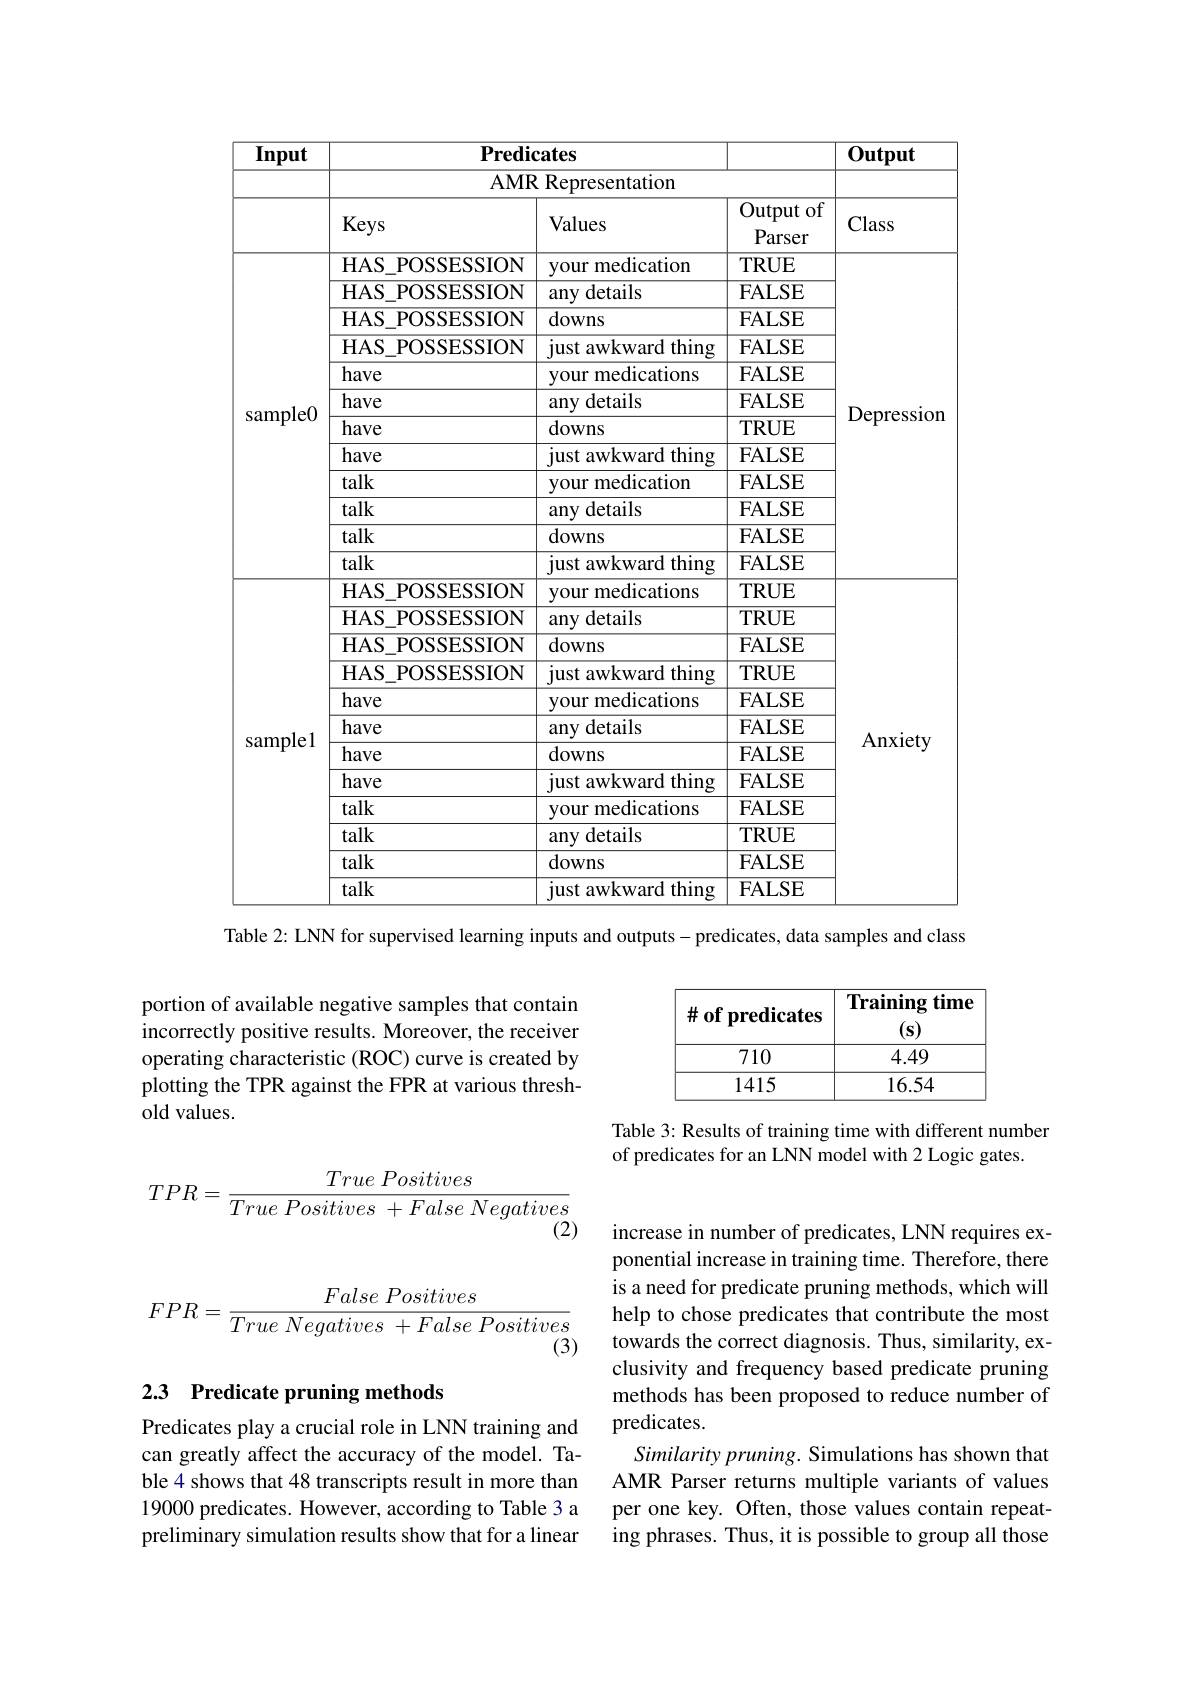
<table>
	<tbody>
		<tr>
			<th rowspan="3">Input</th>
			<th colspan="3">${\overline{{\mathbf{Predicates}}}}$</th>
			<th rowspan="3">Output Class</th>
		</tr>
		<tr>
			<th colspan="2">AMR Representation</th>
			<th> </th>
		</tr>
		<tr>
			<th>Keys</th>
			<th>Values</th>
			<th>Output of Parser</th>
		</tr>
		<tr>
			<td rowspan="12">sample0</td>
			<td>HAS$\_$POSSESSION</td>
			<td>your medication</td>
			<td>TRUE</td>
			<td rowspan="12">$\omega$ldSS Depression</td>
		</tr>
		<tr>
			<td>HAS$\_$POSSESSION</td>
			<td>any details</td>
			<td>$\mathbf{FALSE}$</td>
		</tr>
		<tr>
			<td>HAS$\_$POSSESSION</td>
			<td>downs</td>
			<td>$\mathbf{FALSE}$</td>
		</tr>
		<tr>
			<td>HAS$\_$POSSESSION</td>
			<td>just awkward thing</td>
			<td>$\mathbf{FALSE}$</td>
		</tr>
		<tr>
			<td>have</td>
			<td>your medications</td>
			<td>$\mathbf{FALSE}$</td>
		</tr>
		<tr>
			<td>have</td>
			<td>any details</td>
			<td>$\mathbf{FALSE}$</td>
		</tr>
		<tr>
			<td>have</td>
			<td>downs</td>
			<td>TRUE</td>
		</tr>
		<tr>
			<td>have</td>
			<td>iust awkward thing</td>
			<td>$\mathbf{FALSE}$</td>
		</tr>
		<tr>
			<td>talk</td>
			<td>your medication</td>
			<td>$\mathbf{FALSE}$</td>
		</tr>
		<tr>
			<td>talk</td>
			<td>any details</td>
			<td>$\mathbf{FALSE}$</td>
		</tr>
		<tr>
			<td>talk</td>
			<td>downs</td>
			<td>$\mathbf{FALSE}$</td>
		</tr>
		<tr>
			<td>talk</td>
			<td>just awkward thing</td>
			<td>$\mathbf{FALSE}$</td>
		</tr>
		<tr>
			<td> </td>
			<td>HAS POSSESSION</td>
			<td>your medications</td>
			<td>$TRUE$</td>
			<td rowspan="12">Anxiety</td>
		</tr>
		<tr>
			<td rowspan="11">samplel</td>
			<td>HAS$\_$POSSESSION</td>
			<td>any details</td>
			<td>$TRUE$</td>
		</tr>
		<tr>
			<td>HAS POSSESSION</td>
			<td>downs</td>
			<td>$\mathbf{FALSE}$</td>
		</tr>
		<tr>
			<td>HAS POSSESSION</td>
			<td>just awkward thing</td>
			<td>$TRUE$</td>
		</tr>
		<tr>
			<td>have</td>
			<td>your medications</td>
			<td>$\mathbf{FALSE}$</td>
		</tr>
		<tr>
			<td>have</td>
			<td>any details</td>
			<td>$\mathbf{FALSE}$</td>
		</tr>
		<tr>
			<td>have</td>
			<td>downs</td>
			<td>$\mathbf{FALSE}$</td>
		</tr>
		<tr>
			<td>have</td>
			<td>just awkward thing</td>
			<td>$\mathbf{FALSE}$</td>
		</tr>
		<tr>
			<td>talk</td>
			<td>your medications</td>
			<td>$\mathbf{FALSE}$</td>
		</tr>
		<tr>
			<td>talk</td>
			<td>any details</td>
			<td>$TRUE$</td>
		</tr>
		<tr>
			<td>talk</td>
			<td>downs</td>
			<td>$\mathbf{FALSE}$</td>
		</tr>
		<tr>
			<td>talk</td>
			<td>iust awkward thing</td>
			<td>$\mathbf{FALSE}$</td>
		</tr>
	</tbody>
</table>
Table 2: LNN for supervised learning inputs and outputs - predicates, data samples and class

<table>
	<tbody>
		<tr>
			<th>$\#$ of predicates</th>
			<th>Training time $(\mathbf{s})$</th>
		</tr>
		<tr>
			<td>710</td>
			<td>4.49</td>
		</tr>
		<tr>
			<td>1415</td>
			<td>16.54</td>
		</tr>
	</tbody>
</table>

Table 3: Results of training time with different number
of predicates for an LNN model with 2 Logic gates.

portion of available negative samples that contain incorrectly positive results. Moreover, the receiver operating characteristic (ROC) curve is created by plotting the TPR against the FPR at various threshold values.
$$TPR=\frac{True\:Positives}{True\:Positives\:+False\:Negatives}$$
(2)
$$FPR=\frac{False\:Positives}{True\:Negatives\:+False\:Positives}$$
### 2.3 Predicate pruning methods

Predicates play a crucial role in LNN training and can greatly affect the accuracy of the model. Table 4 shows that 48 transcripts result in more than 19000 predicates. However, according to Table 3 a preliminary simulation results show that for a linear

increase in number of predicates, LNN requires exponential increase in training time. Therefore, there is a need for predicate pruning methods, which will help to chose predicates that contribute the most towards the correct diagnosis. Thus, similarity, exclusivity and frequency based predicate pruning methods has been proposed to reduce number of predicates.
Similarity pruning. Simulations has shown that AMR Parser returns multiple variants of values per one key. Often, those values contain repeating phrases. Thus, it is possible to group all those